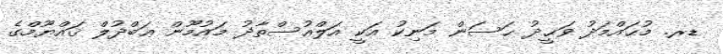
ޑރ. މުޙައްމަދު ވަޙީދު ޙަސަން މަނިކު އަކީ އަލްއުސްތާޛު މައުމޫން ޢަބްދުލް ޤައްޔޫމްގެ